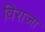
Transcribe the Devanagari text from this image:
विराजा